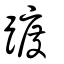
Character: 踱